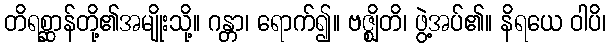
တိရစ္ဆာန်တို့၏အမျိုးသို့။ ဂန္တာ၊ ရောက်၍။ ဗဇ္ဈိတိ၊ ဖွဲ့အပ်၏။ နိရယေ ဝါပိ၊